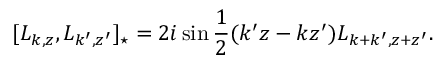
[ L _ { k , z } , L _ { k ^ { \prime } , z ^ { \prime } } ] _ { \star } = 2 i \sin \frac { 1 } { 2 } ( k ^ { \prime } z - k z ^ { \prime } ) L _ { k + k ^ { \prime } , z + z ^ { \prime } } .